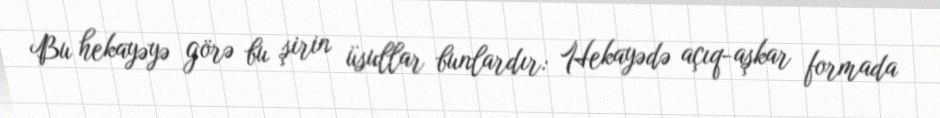
Bu hekayəyə görə bu şirin üsullar bunlardır: Hekayədə açıq-aşkar formada